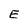
Character: E